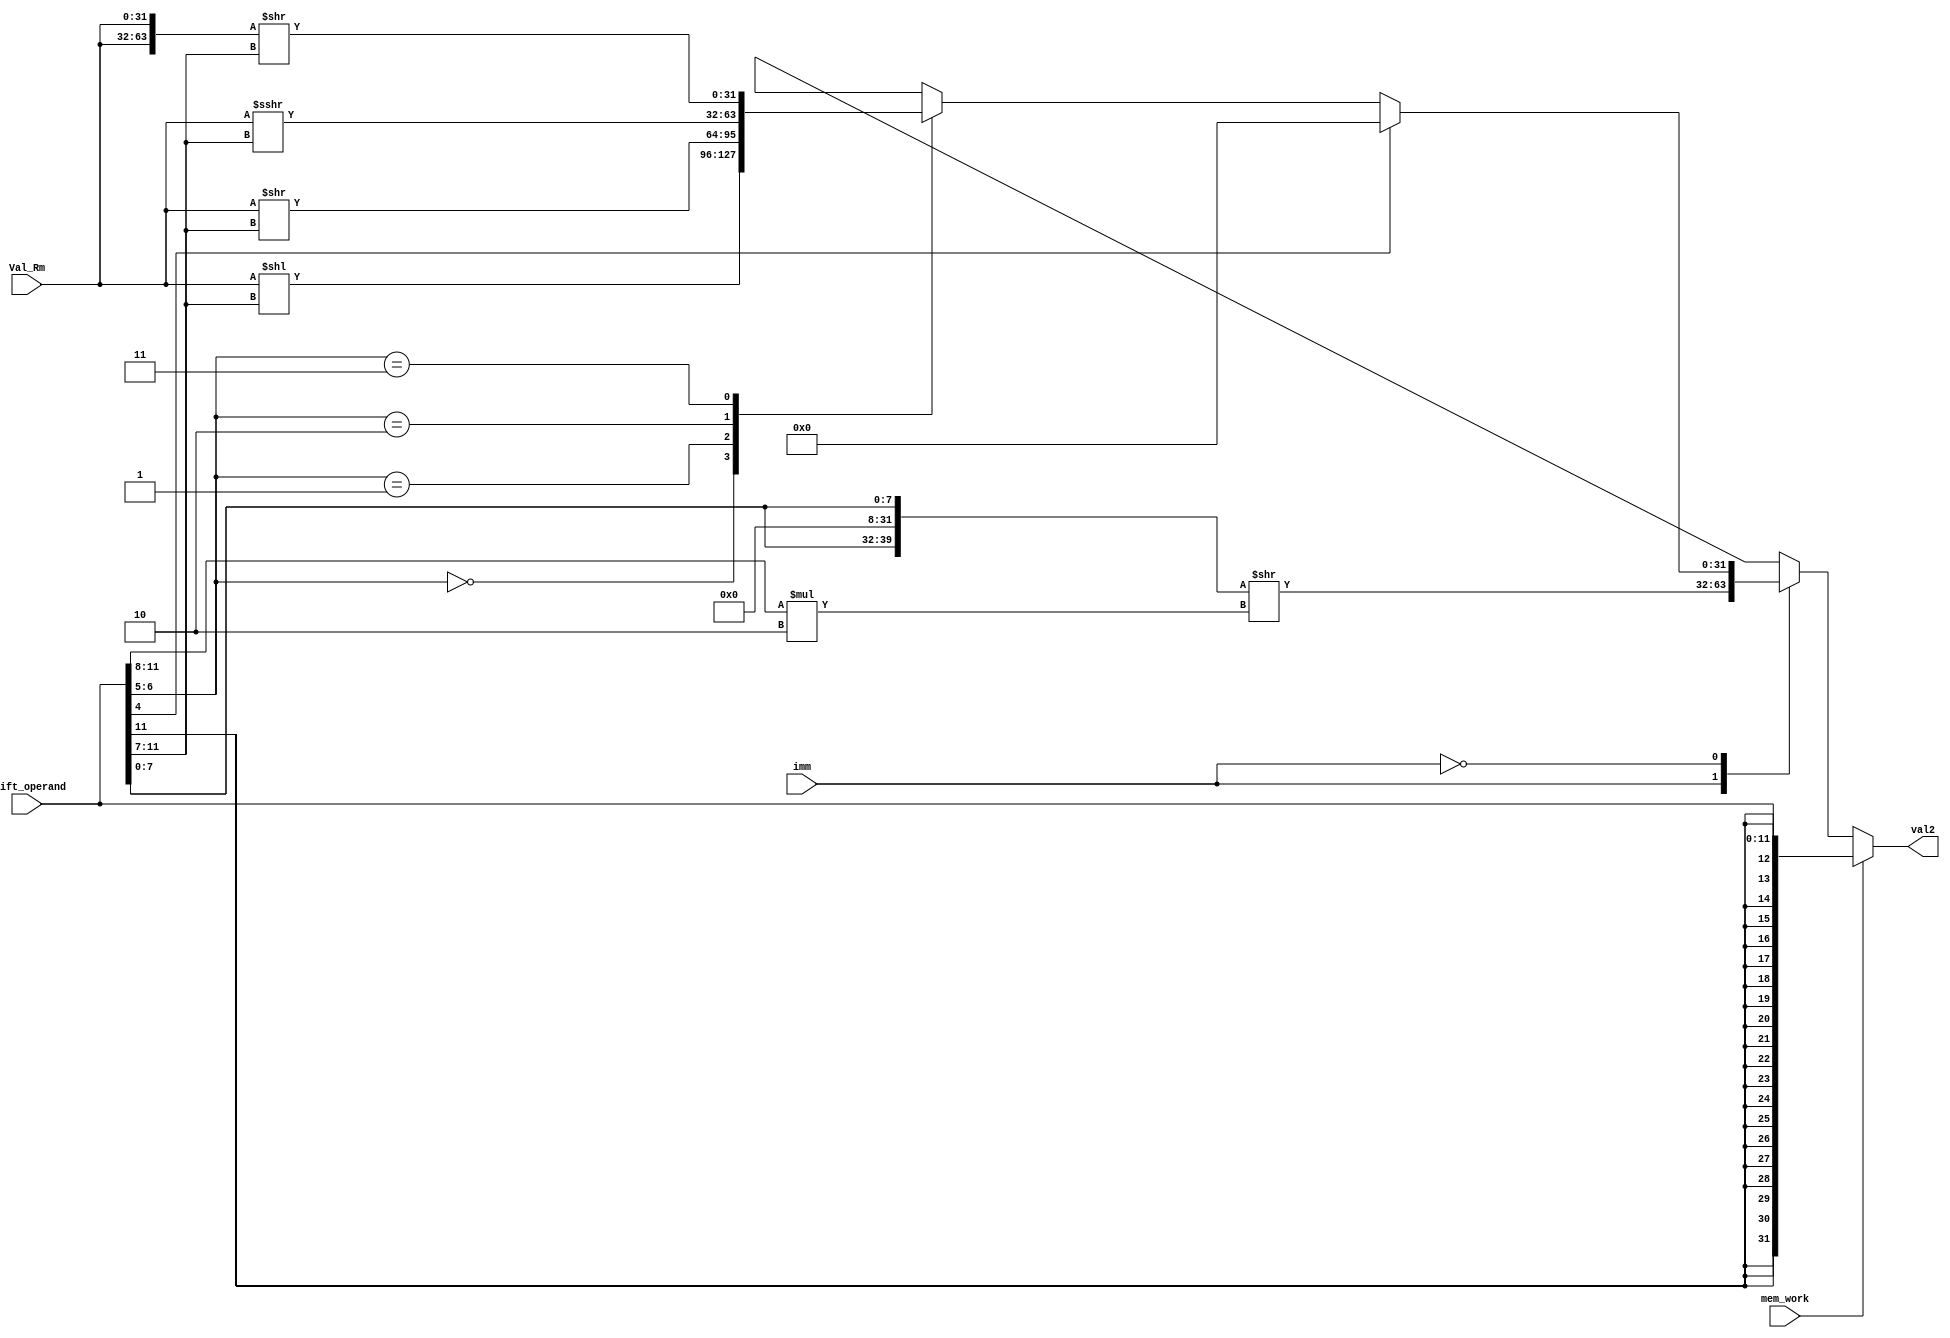
`timescale 1ns/1ns

module Val2Generator(
    input [31:0] Val_Rm, 
    input [11:0] shift_operand,
    input imm, mem_work,
    output reg [31:0] val2
);

    reg [63:0] h1;

    wire [5:0] shift_imm;
    assign shift_imm = shift_operand[11:7];

    wire [4:0] rotate_imm;
    assign rotate_imm = shift_operand[11:8];

    wire [1:0] shift_mode;
    assign shift_mode = shift_operand[6:5];

    always @(*) begin 
     
  val2 = 32'b0;
        if (mem_work) begin
            val2 = {{20{shift_operand[11]}}, shift_operand[11:0]};
        end
        else begin
            case(imm) 
                1'b1: begin //
                h1 = {24'b0, shift_operand[7:0], 24'b0, shift_operand[7:0]} >> rotate_imm * 2;
                val2 = h1[31:0];
                end
                1'b0: begin
                if (shift_operand[4]) begin // Not Impleneted
                end
                else begin // Immediate shift
                    case(shift_mode) 
                    2'b00: begin // Logical Shift Left
                    val2 = Val_Rm << shift_imm;
                    end
                    2'b01: begin // Logical Shift Right
                    val2 = Val_Rm >> shift_imm;
                    end
                    2'b10: begin // Arithemtic Shift Left
                    val2 = Val_Rm >>> shift_imm;
                    end
                    2'b11: begin // Rotate Right
                    h1 = {Val_Rm, Val_Rm} >> shift_imm;
                    val2 = h1[31:0];
                    end               
                    endcase
                end
                end

            endcase
        end
    end
    
endmodule